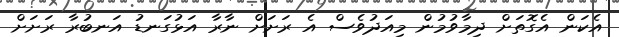
އެކަން އެގޮތަށް ދިމާވުމުން މިއަދުވެސް އެ ރަށަށް ނާރާ އަޅުގަނޑު އަނބުރާ ރަށަށް